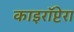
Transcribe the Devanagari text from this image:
काइरॉप्टेरा